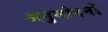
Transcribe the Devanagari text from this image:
अनुमोदनो